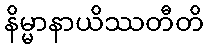
နိမ္မာနာယိဿတီတိ